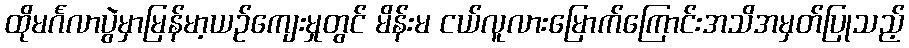
ထိုမင်္ဂလာပွဲမှာမြန်မာ့ယဉ်ကျေးမှုတွင် မိန်းမ ငယ်လူလားမြောက်ကြောင်းအသိအမှတ်ပြုသည့်